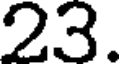
23.